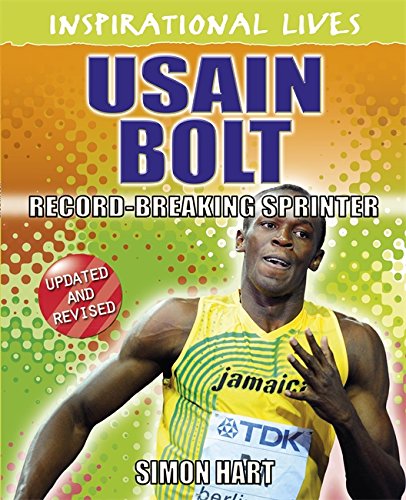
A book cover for Usain Bolt: Record-Breaking Runner (Inspirational Lives); Simon Hart; Children's Books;